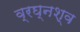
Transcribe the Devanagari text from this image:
व्रघ्नश्व